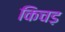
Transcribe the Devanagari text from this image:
किचड़